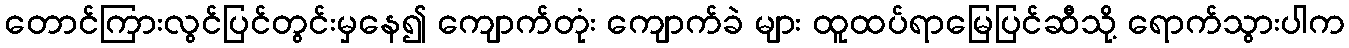
တောင်ကြားလွင်ပြင်တွင်းမှနေ၍ ကျောက်တုံး ကျောက်ခဲ များ ထူထပ်ရာမြေပြင်ဆီသို့ ရောက်သွားပါက